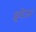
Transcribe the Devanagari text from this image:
इरोजा